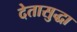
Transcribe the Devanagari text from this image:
देतासुद्धा